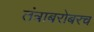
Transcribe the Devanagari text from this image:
तंत्राबरोबरच